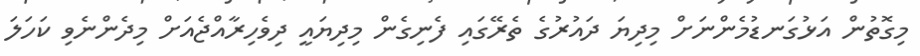
މިގޮތުން އަޅުގަނޑުމެންނަށް މިދިޔަ ދައުރުގެ ތެރޭގައި ފެނިގެން މިދިޔައީ ދިވެހިރާއްޖެއަށް މިދެންނެވި ކަހަލަ